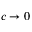
c \to 0